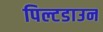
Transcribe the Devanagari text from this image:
पिल्टडाउन